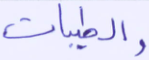
والطيبات